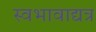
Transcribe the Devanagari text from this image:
स्वभावाद्यत्र